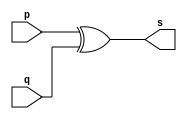
// Extra 12
// Nome : Julio Mirnada Machado


// xor gate

module xorgate (output [0:7]s, input [0:7]p, input [0:7]q); 
	assign s = p^q ; 
endmodule // xorgate

// Test xor Gate 

module testxorgate;
reg [0:7]a , b;
wire [0:7]s;

xorgate XOR1(s,a,b);
	
	initial begin:start
		a=8'b11111111; b=8'b11111111;
end
	initial begin
		$display("Extra12 Julio Machado - 435666");
		$display("Test XOR gate");
		
		$monitor("%b ^ %b = %b", a, b, s); 
	

	end
endmodule // testandgate